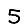
Digit: 5